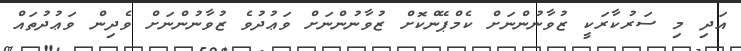
އަދި މި ސަރުކާރަކީ ޒުވާނުންނަށް ކެމްޕޭންކޮށް ޒުވާނުންނަށް ވަޢުދުވެ ޒުވާނުންނަށް ވެދިން ވަޢުދުތައް